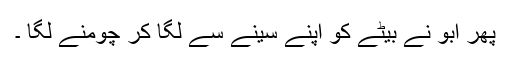
پھر ابو نے بیٹے کو اپنے سینے سے لگا کر چومنے لگا ۔